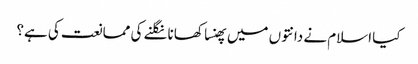
کیا اسلام نے دانتوں میں پھنسا کھانا نگلنے کی ممانعت کی ہے؟